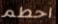
احطم